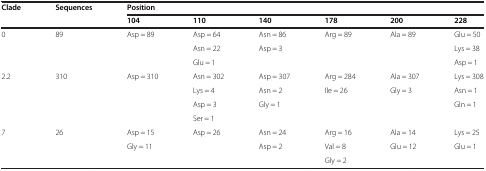
| <ROWSPAN=2> Clade | <ROWSPAN=2> Sequences | <COLSPAN=6> Position |
 | 104 | 110 | 140 | 178 | 200 | 228 |
 | --- | --- | --- | --- | --- | --- | --- | --- |
 | <ROWSPAN=3> 0 | <ROWSPAN=3> 89 | <ROWSPAN=3> Asp = 89 | Asp = 64 | Asn = 86 | <ROWSPAN=3> Arg = 89 | <ROWSPAN=3> Ala = 89 | Glu = 50 |
 | Asn = 22 | Asp = 3 | Lys = 38 |
 | Glu = 1 |  | Asp = 1 |
 | <ROWSPAN=4> 2.2 | <ROWSPAN=4> 310 | <ROWSPAN=4> Asp = 310 | Asn = 302 | Asp = 307 | Arg = 284 | Ala = 307 | Lys = 308 |
 | Lys = 4 | Asn = 2 | Ile = 26 | Gly = 3 | Asn = 1 |
 | Asp = 3 | Gly = 1 |  |  | Gln = 1 |
 | Ser = 1 |  |  |  |  |
 | <ROWSPAN=3> 7 | <ROWSPAN=3> 26 | Asp = 15 | Asp = 26 | Asn = 24 | Arg = 16 | Ala = 14 | Lys = 25 |
 | Gly = 11 |  | Asp = 2 | Val = 8 | Glu = 12 | Glu = 1 |
 |  |  |  | Gly = 2 |  |  |